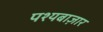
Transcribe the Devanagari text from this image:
पश्यबाज़ार